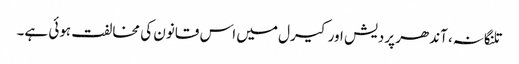
تلنگانہ، آندھر پردیش اور کیرل میں اس قانون کی مخالفت ہوئی ہے۔